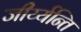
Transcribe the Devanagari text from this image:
जीर्य्यन्ति